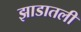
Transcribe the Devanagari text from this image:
झाडातली